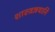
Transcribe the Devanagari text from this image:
शास्त्रज्ञयानि